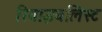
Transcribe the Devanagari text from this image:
रिवाइवलिस्ट